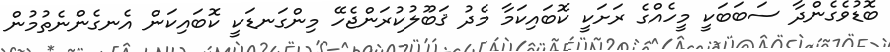
ބޮޑުވެގެންދާ ސަބަބަކީ މީހެއްގެ ރަށަކީ ކޮބައިކަމާ މެދު ޤަބޫލުކުރަންޖެހޭ މިންގަނޑަކީ ކޮބައިކަން އެނގެންނެތުމުން